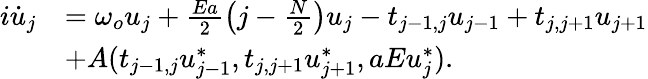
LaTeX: \begin{array}{rl}{i\dot{u}_{j}}&{=\omega_{o}u_{j}+\frac{Ea}{2}\left(j-\frac{N}{2}\right)u_{j}-t_{j-1,j}u_{j-1}+t_{j,j+1}u_{j+1}}\\ &{+A(t_{j-1,j}u_{j-1}^{*},t_{j,j+1}u_{j+1}^{*},aEu_{j}^{*}).}\end{array}